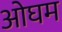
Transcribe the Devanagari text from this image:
ओघम